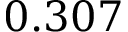
0 . 3 0 7